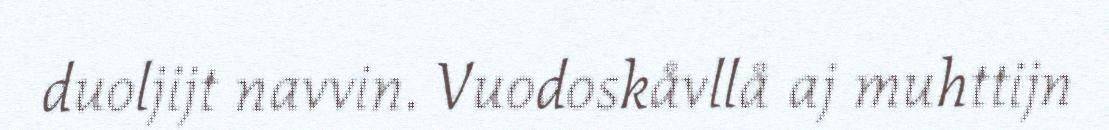
duoljijt navvin. Vuodoskåvllå aj muhttijn